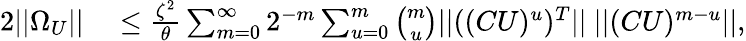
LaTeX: \begin{array}{rl}{2||\Omega_{U}||}&{{}\leq\frac{\zeta^{2}}{\theta}\sum_{m=0}^{\infty}{2^{-m}\sum_{u=0}^{m}{\binom{m}{u}||((CU)^{u})^{T}||\ ||(CU)^{m-u}||}},}\end{array}